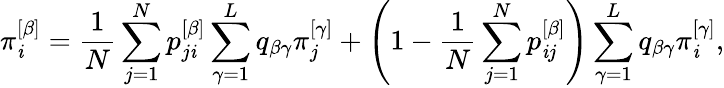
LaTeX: \pi_{\mathit{i}}^{\left[\beta\right]}=\frac{{1}}{{N}}\sum_{j=1}^{N}p_{j\mathit{i}}^{\left[\beta\right]}\sum_{\gamma=1}^{L}q_{\beta\gamma}\pi_{j}^{\left[\gamma\right]}+\left(1-\frac{{1}}{{N}}\sum_{j=1}^{N}p_{\mathit{i}j}^{\left[\beta\right]}\right)\sum_{\gamma=1}^{L}q_{\beta\gamma}\pi_{\mathit{i}}^{\left[\gamma\right]},